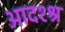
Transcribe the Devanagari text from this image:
आदश्श्र